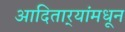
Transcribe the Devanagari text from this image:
आदितार्‍यांमधून